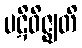
ပဋိဝိဇ္ဈတိ